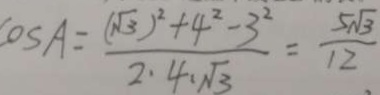
\cos A = \frac { ( \sqrt { 3 } ) ^ { 2 } + 4 ^ { 2 } - 3 ^ { 2 } } { 2 \cdot 4 \cdot \sqrt { 3 } } = \frac { 5 \sqrt { 3 } } { 1 2 }